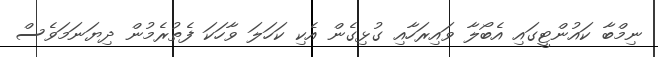
ނިމްބާ ކައުންޓީގައި އެބޯލާ ވައިރަހާއި ގުޅިގެން އެކި ކަހަލަ ވާހަކަ ފެތުރެމުން ދިޔަނަމަވެސް